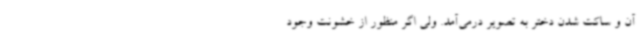
آن و ساکت شدن دختر به تصویر درمی‌آمد. ولی اگر منظور از خشونت وجود